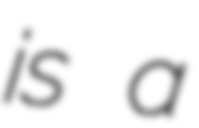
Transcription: is a